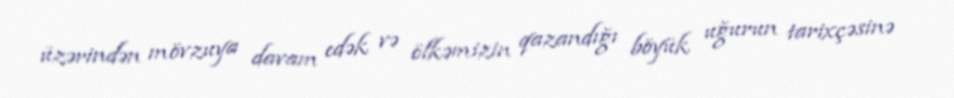
üzərindən mövzuya davam edək və ölkəmizin qazandığı böyük uğurun tarixçəsinə